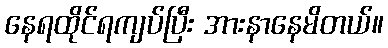
နေရထိုင်ရကျပ်ပြီး အားနာနေမိတယ်။